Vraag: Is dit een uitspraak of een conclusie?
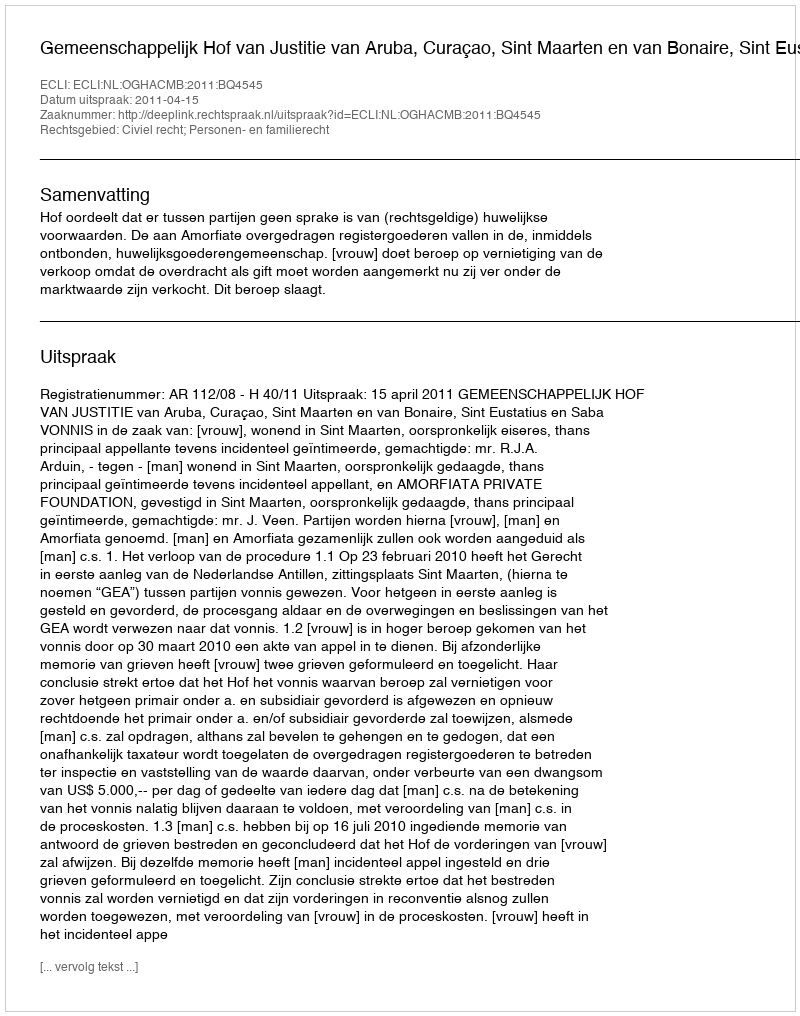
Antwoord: Uitspraak